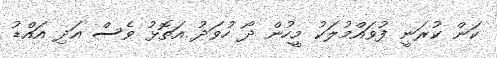
ކަން ކުރަނީ ފުވައްމުލަކު މީހުން ދޯ ހުވަދު އަތޮޅު ވެސް އަދި އައްޑު